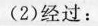
(2)经过：